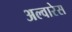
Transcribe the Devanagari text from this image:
अल्वारेस